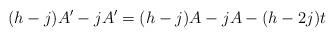
LaTeX: \begin{align*}(h-j)A' - jA' = (h-j)A - jA - (h-2j)t\end{align*}